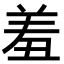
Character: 羞